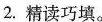
2.精读巧填。